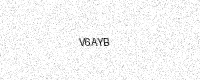
Text: V6AYB